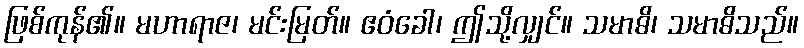
ဖြစ်ကုန်၏။ မဟာရာဇ၊ မင်းမြတ်။ ဧဝံခေါ၊ ဤသို့လျှင်။ သမာဓိ၊ သမာဓိသည်။